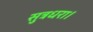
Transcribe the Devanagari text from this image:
सुत्रधरा।